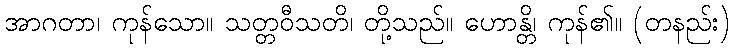
အာဂတာ၊ ကုန်သော။ သတ္တဝီသတိ၊ တို့သည်။ ဟောန္တိ၊ ကုန်၏။ (တနည်း)